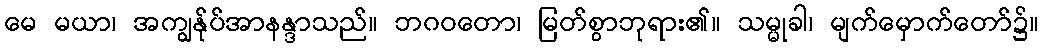
မေ မယာ၊ အကျွန်ုပ်အာနန္ဒာသည်။ ဘဂဝတော၊ မြတ်စွာဘုရား၏။ သမ္မုခါ၊ မျက်မှောက်တော်၌။